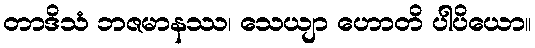
တာဒိသံ ဘဇမာနဿ၊ သေယျာ ဟောတိ ပါပိယော။